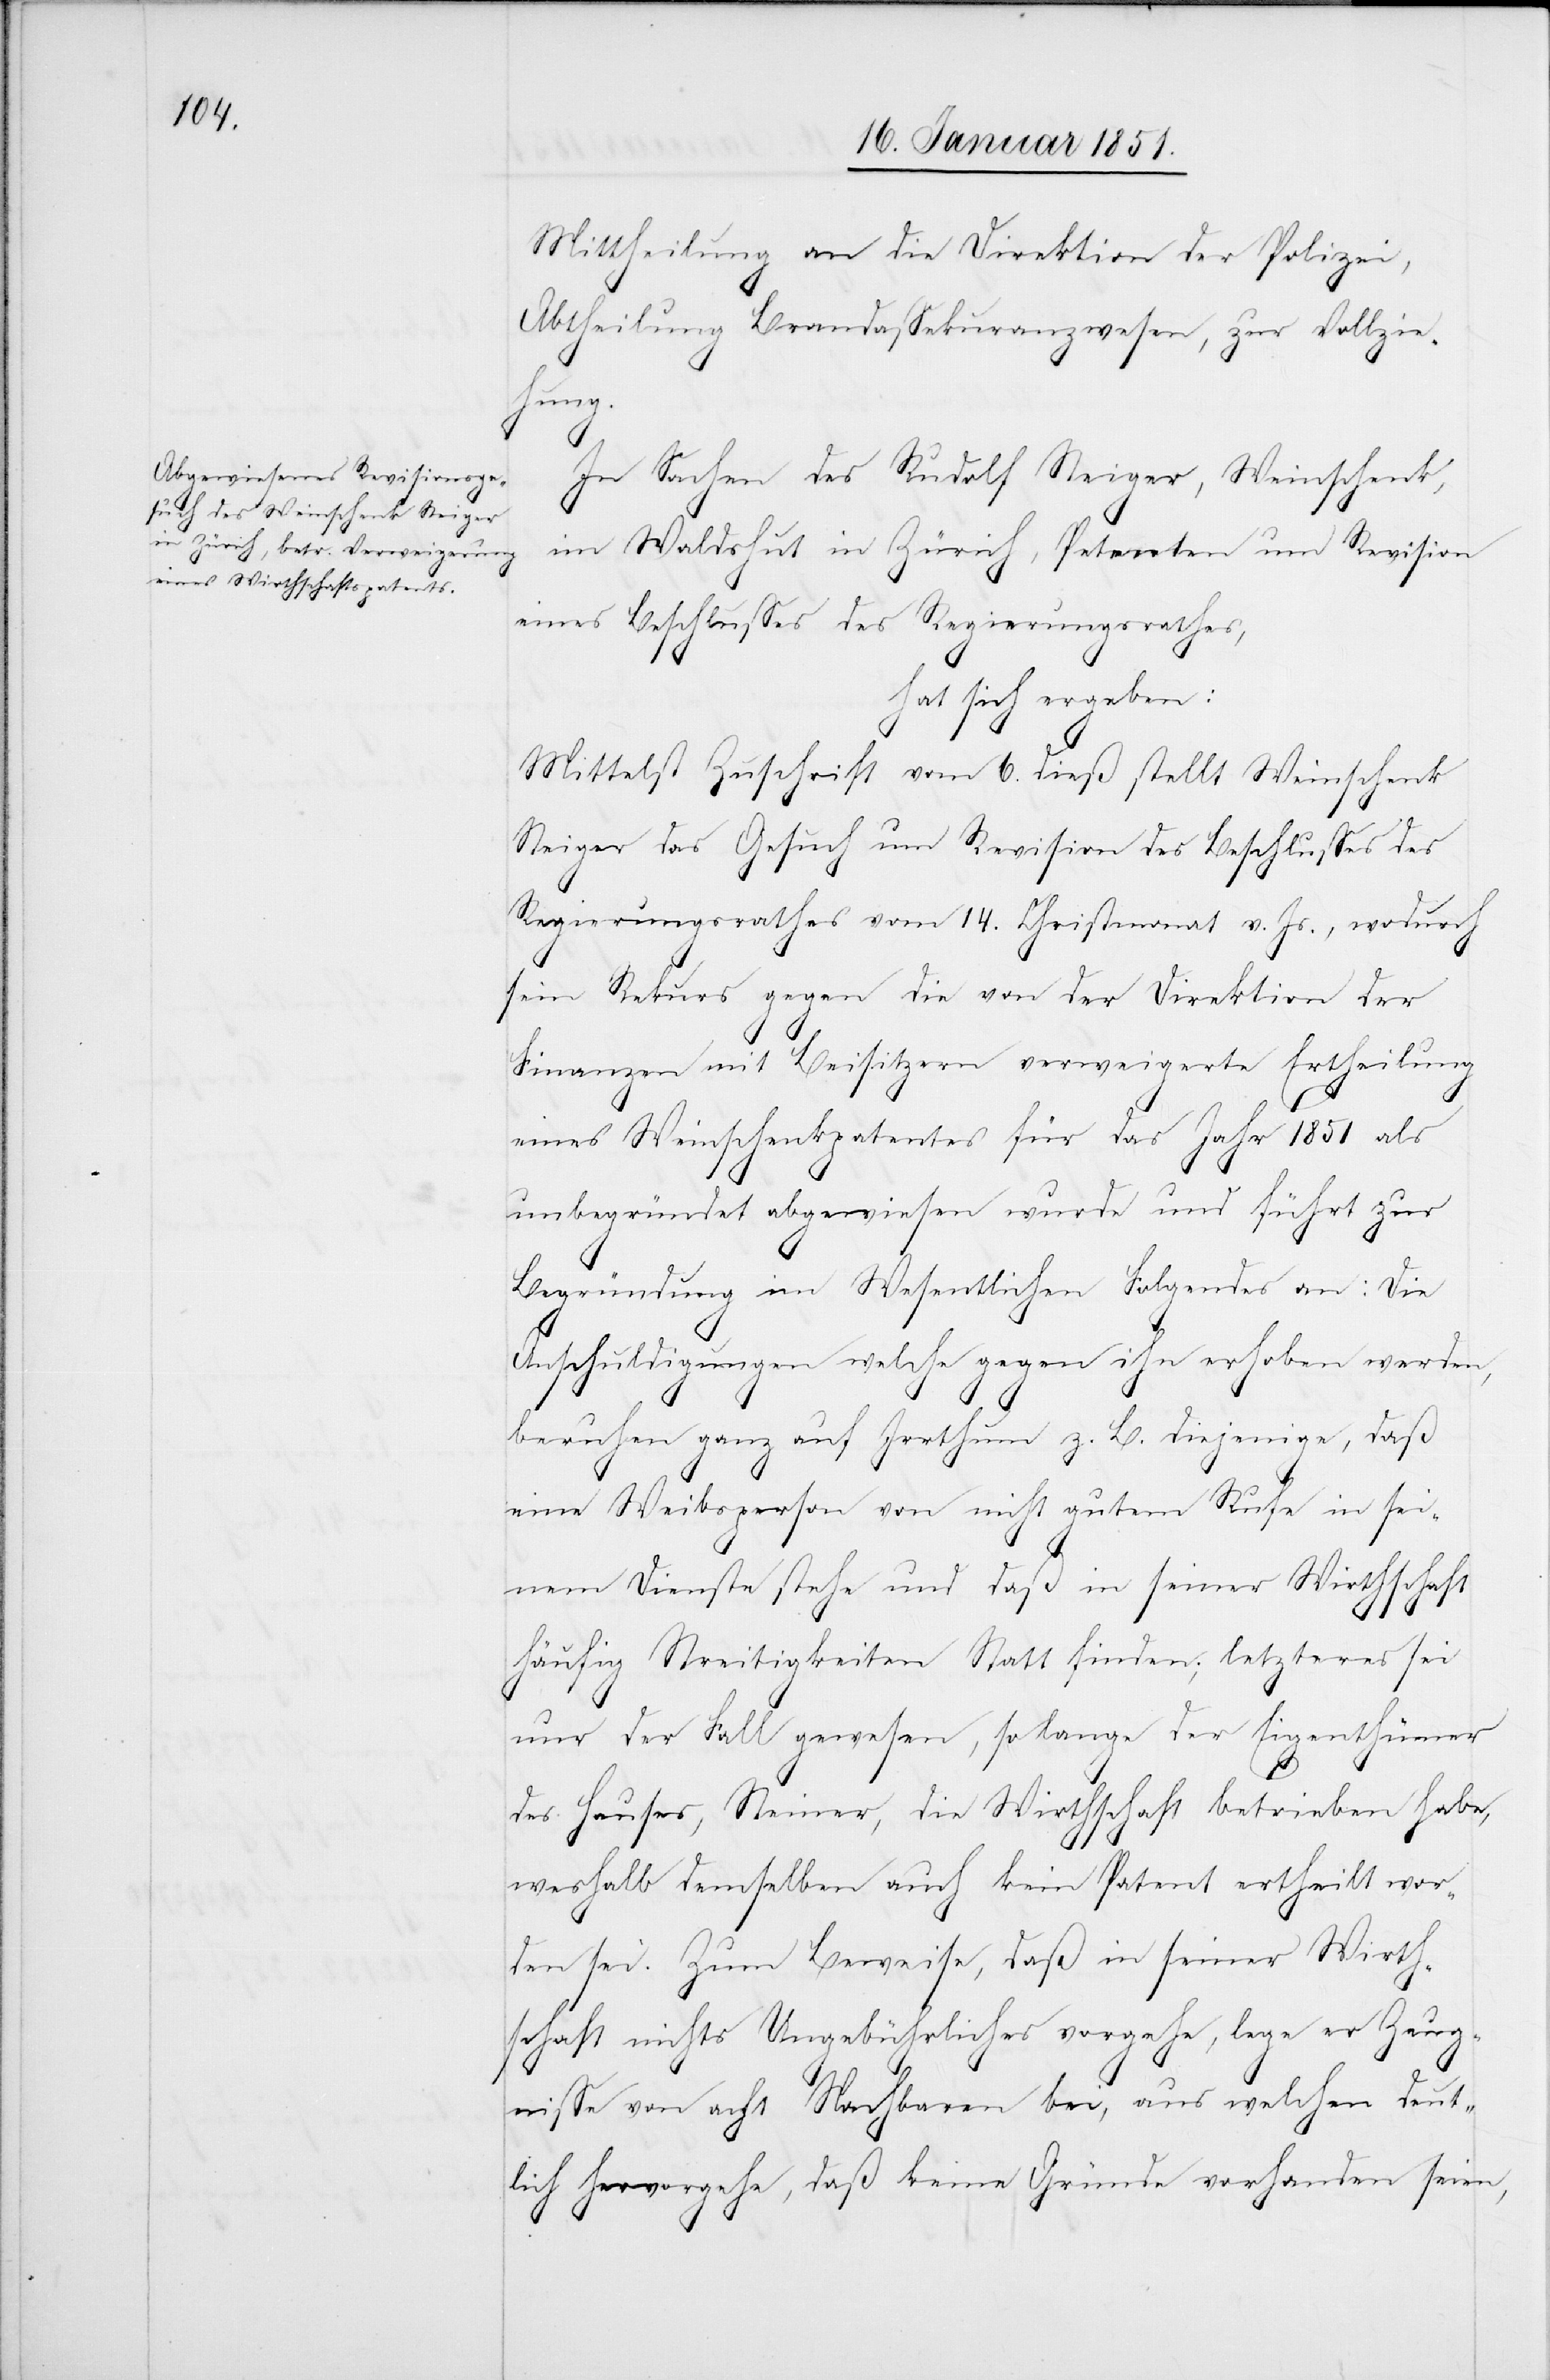
Mittheilung an die Direktion der Polizei,
Abtheilung Brandassekuranzwesen, zur Vollzie¬
hung.
In Sachen des Rudolf Steiger, Weinschenk,
im Waldshut in Zürich, Petenten um Revision
eines Beschlusses des Regierungsrathes,
hat sich ergeben:
Mittelst Zuschrift vom 6. dieß stellt Weinschenk
Steiger das Gesuch um Revision des Beschlusses des
Regierungsrathes vom 14. Christmonat v. Js., wodurch
sein Rekurs gegen die von der Direktion der
Finanzen mit Beisitzern verweigerte Ertheilung
eines Weinschenkpatentes für das Jahr 1851 als
unbegründet abgewiesen wurde und führt zur
Begründung im Wesentlichen Folgendes an: Die
Anschuldigungen welche gegen ihn erhoben werden,
beruhen ganz auf Irrthum z. B. diejenige, daß
eine Weibsperson von nicht gutem Rufe in sei¬
nem Dienste stehe und daß in seiner Wirthschaft
häufig Streitigkeiten Statt finden; letzteres sei
nur der Fall gewesen, so lange der Eigenthümer
des Hauses, Steiner, die Wirthschaft betrieben habe,
weshalb demselben auch kein Patent ertheilt wor¬
den sei. Zum Beweise, daß in seiner Wirth¬
schaft nichts Ungebührliches vorgehe, lege er Zeug¬
nisse von acht Nachbaren bei, aus welchen deut¬
lich hervorgehe, daß keine Gründe vorhanden seien,